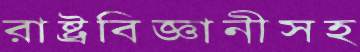
রাষ্ট্রবিজ্ঞানীসহ